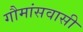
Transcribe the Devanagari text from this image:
गौमांसवासी